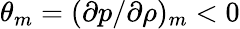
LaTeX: {\theta_{m}}={(\partial p/\partial\rho)_{m}}<0